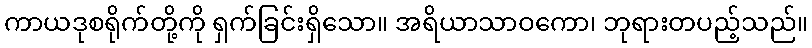
ကာယဒုစရိုက်တို့ကို ရှက်ခြင်းရှိသော။ အရိယာသာဝကော၊ ဘုရားတပည့်သည်။